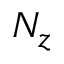
N _ { z }